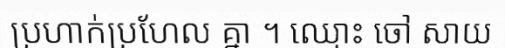
ប្រហាក់ប្រហែល គ្នា ។ ឈ្មោះ ចៅ សាយ